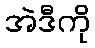
အဲဒီကို